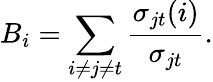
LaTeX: B_{i}=\sum_{i\neq j\neq t}\frac{\sigma_{jt}(i)}{\sigma_{jt}}.